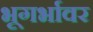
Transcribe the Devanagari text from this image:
भूगर्भावर